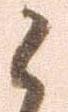
候